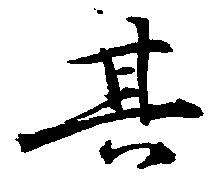
其